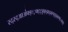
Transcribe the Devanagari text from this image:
स्द्स्द्आअ॑फ्ङ्ः़फ्ट्ट्ड़्फ्ड्क्ष्ड्क्ष्झ्झ्झ्क्ष्फ्॰फ्फ्ङ्